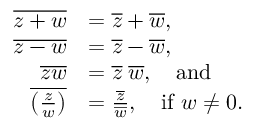
{ \begin{array} { r l } { { \overline { { z + w } } } } & { = { \overline { { z } } } + { \overline { { w } } } , } \\ { { \overline { { z - w } } } } & { = { \overline { { z } } } - { \overline { { w } } } , } \\ { { \overline { { z w } } } } & { = { \overline { { z } } } \; { \overline { { w } } } , \quad { \mathrm { a n d } } } \\ { { \overline { { \left( { \frac { z } { w } } \right) } } } } & { = { \frac { \overline { { z } } } { \overline { { w } } } } , \quad { \mathrm { i f ~ } } w \neq 0 . } \end{array} }